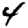
Digit: 4